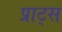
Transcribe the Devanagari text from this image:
प्राट्स